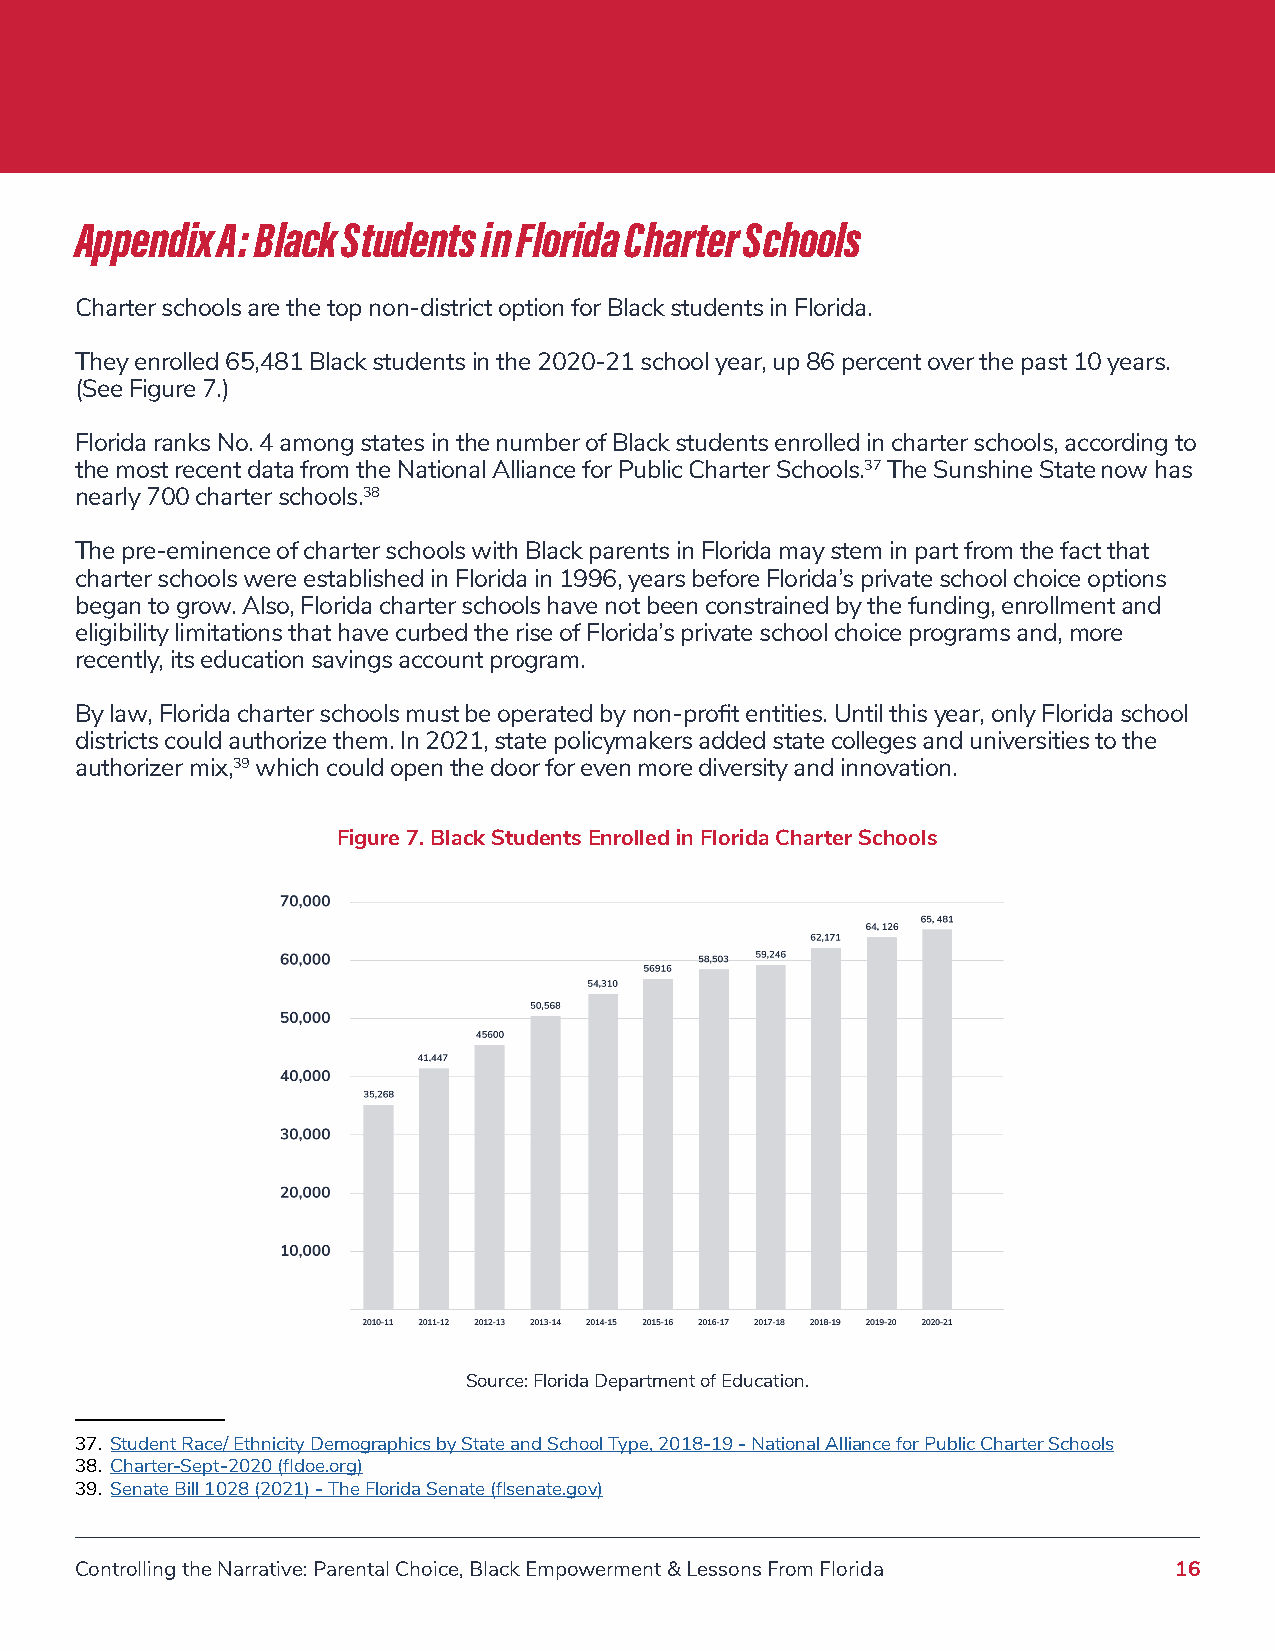
Appendix A: Black Students in Florida Charter Schools
 Charter schools are the top non-district option for Black students in Florida.
 They enrolled 65,481 Black students in the 2020-21 school year, up 86 percent over the past 10 years.
 (See Figure 7.)
 Florida ranks No. 4 among states in the number of Black students enrolled in charter schools, according to
 the most recent data from the National Alliance for Public Charter Schools.37 The Sunshine State now has
 nearly 700 charter schools.38
 The pre-eminence of charter schools with Black parents in Florida may stem in part from the fact that
 charter schools were established in Florida in 1996, years before Florida’s private school choice options
 began to grow. Also, Florida charter schools have not been constrained by the funding, enrollment and
 eligibility limitations that have curbed the rise of Florida’s private school choice programs and, more
 recently, its education savings account program.
 By law, Florida charter schools must be operated by non-profit entities. Until this year, only Florida school
 districts could authorize them. In 2021, state policymakers added state colleges and universities to the
 authorizer mix,39 which could open the door for even more diversity and innovation.
 Figure 7. Black Students Enrolled in Florida Charter Schools
 Source: Florida Department of Education.
 37. Student Race/ Ethnicity Demographics by State and School Type, 2018-19 - National Alliance for Public Charter Schools
 38. Charter-Sept-2020 (fldoe.org)
 39. Senate Bill 1028 (2021) - The Florida Senate (flsenate.gov)
 Controlling the Narrative: Parental Choice, Black Empowerment & Lessons From Florida 16